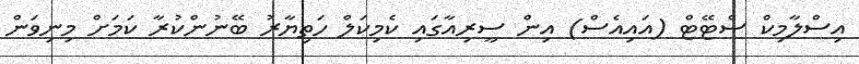
އިސްލާމިކް ސްޓޭޓް (އައިއެސް) އިން ސީރިއާގައި ކެމިކަލް ހަތިޔާރު ބޭނުންކުރާ ކަމަށް މިނިވަން